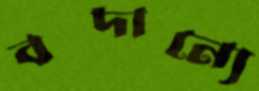
বদান্যে